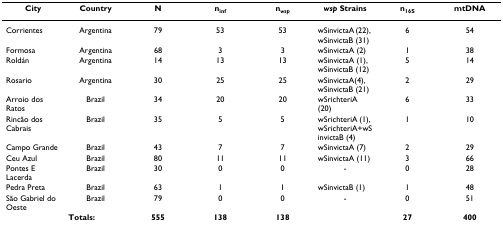
| City | Country | N | ninf | nwsp | wsp Strains | n16S | mtDNA |
 | --- | --- | --- | --- | --- | --- | --- | --- |
 | Corrientes | Argentina | 79 | 53 | 53 | wSinvictaA (22), wSinvictaB (31) | 6 | 54 |
 | Formosa | Argentina | 68 | 3 | 3 | wSinvictaA (2) | 1 | 38 |
 | Roldán | Argentina | 14 | 13 | 13 | wSinvictaA (1), wSinvictaB (12) | 5 | 14 |
 | Rosario | Argentina | 30 | 25 | 25 | wSinvictaA(4), wSinvictaB (21) | 2 | 29 |
 | Arroio dos Ratos | Brazil | 34 | 20 | 20 | wSrichteriA (20) | 6 | 33 |
 | Rincão dos Cabrais | Brazil | 35 | 5 | 5 | wSrichteriA (1), wSrichteriA+wSinvictaB (4) | 1 | 10 |
 | Campo Grande | Brazil | 43 | 7 | 7 | wSinvictaA (7) | 2 | 29 |
 | Ceu Azul | Brazil | 80 | 11 | 11 | wSinvictaA (11) | 3 | 66 |
 | Pontes E Lacerda | Brazil | 30 | 0 | 0 | - | 0 | 28 |
 | Pedra Preta | Brazil | 63 | 1 | 1 | wSinvictaB (1) | 1 | 48 |
 | São Gabriel do Oeste | Brazil | 79 | 0 | 0 | - | 0 | 51 |
 |  | Totals: | 555 | 138 | 138 |  | 27 | 400 |